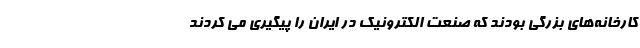
کارخانه‌های بزرگی بودند که صنعت الکترونیک در ایران را پیگیری می کردند